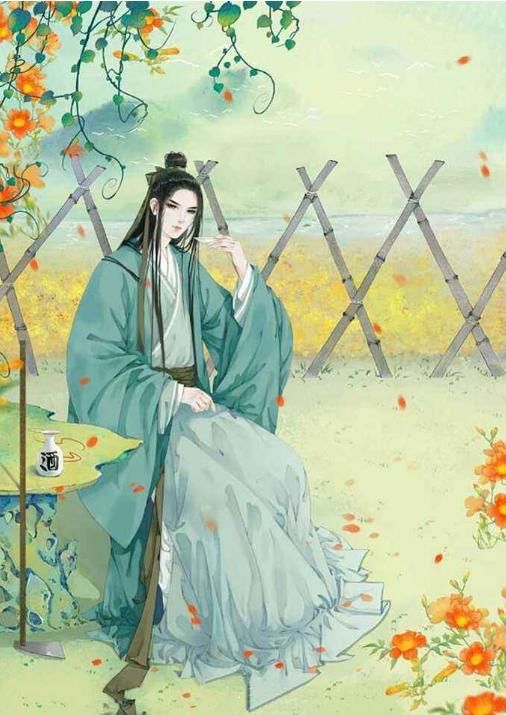
宫中彩女颜如花，飘然挥手凌紫霞，从风纵体登鸾车。